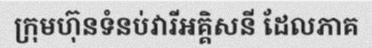
ក្រុមហ៊ុនទំនប់វារីអគ្គិសនី ដែលភាគ